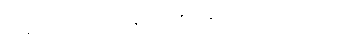
စူဠနိ-ပါ-၂၅၈ ။မိလိန္ဒ-ပါ-၃၅၂၊ နမူနာယူဖွယ် ၂-ဂါထာ